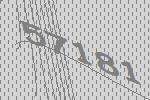
57181